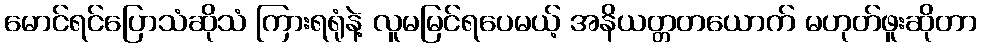
မောင်ရင်ပြောသံဆိုသံ ကြားရရုံနဲ့ လူမမြင်ရပေမယ့် အနိယတ္တတယောက် မဟုတ်ဖူးဆိုတာ